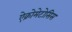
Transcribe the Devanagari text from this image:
ऐक्रोमेटोसिस